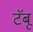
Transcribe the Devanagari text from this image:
टॅबू